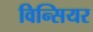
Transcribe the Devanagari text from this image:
विन्सियर